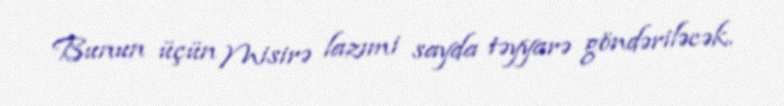
Bunun üçün Misirə lazımi sayda təyyarə göndəriləcək.